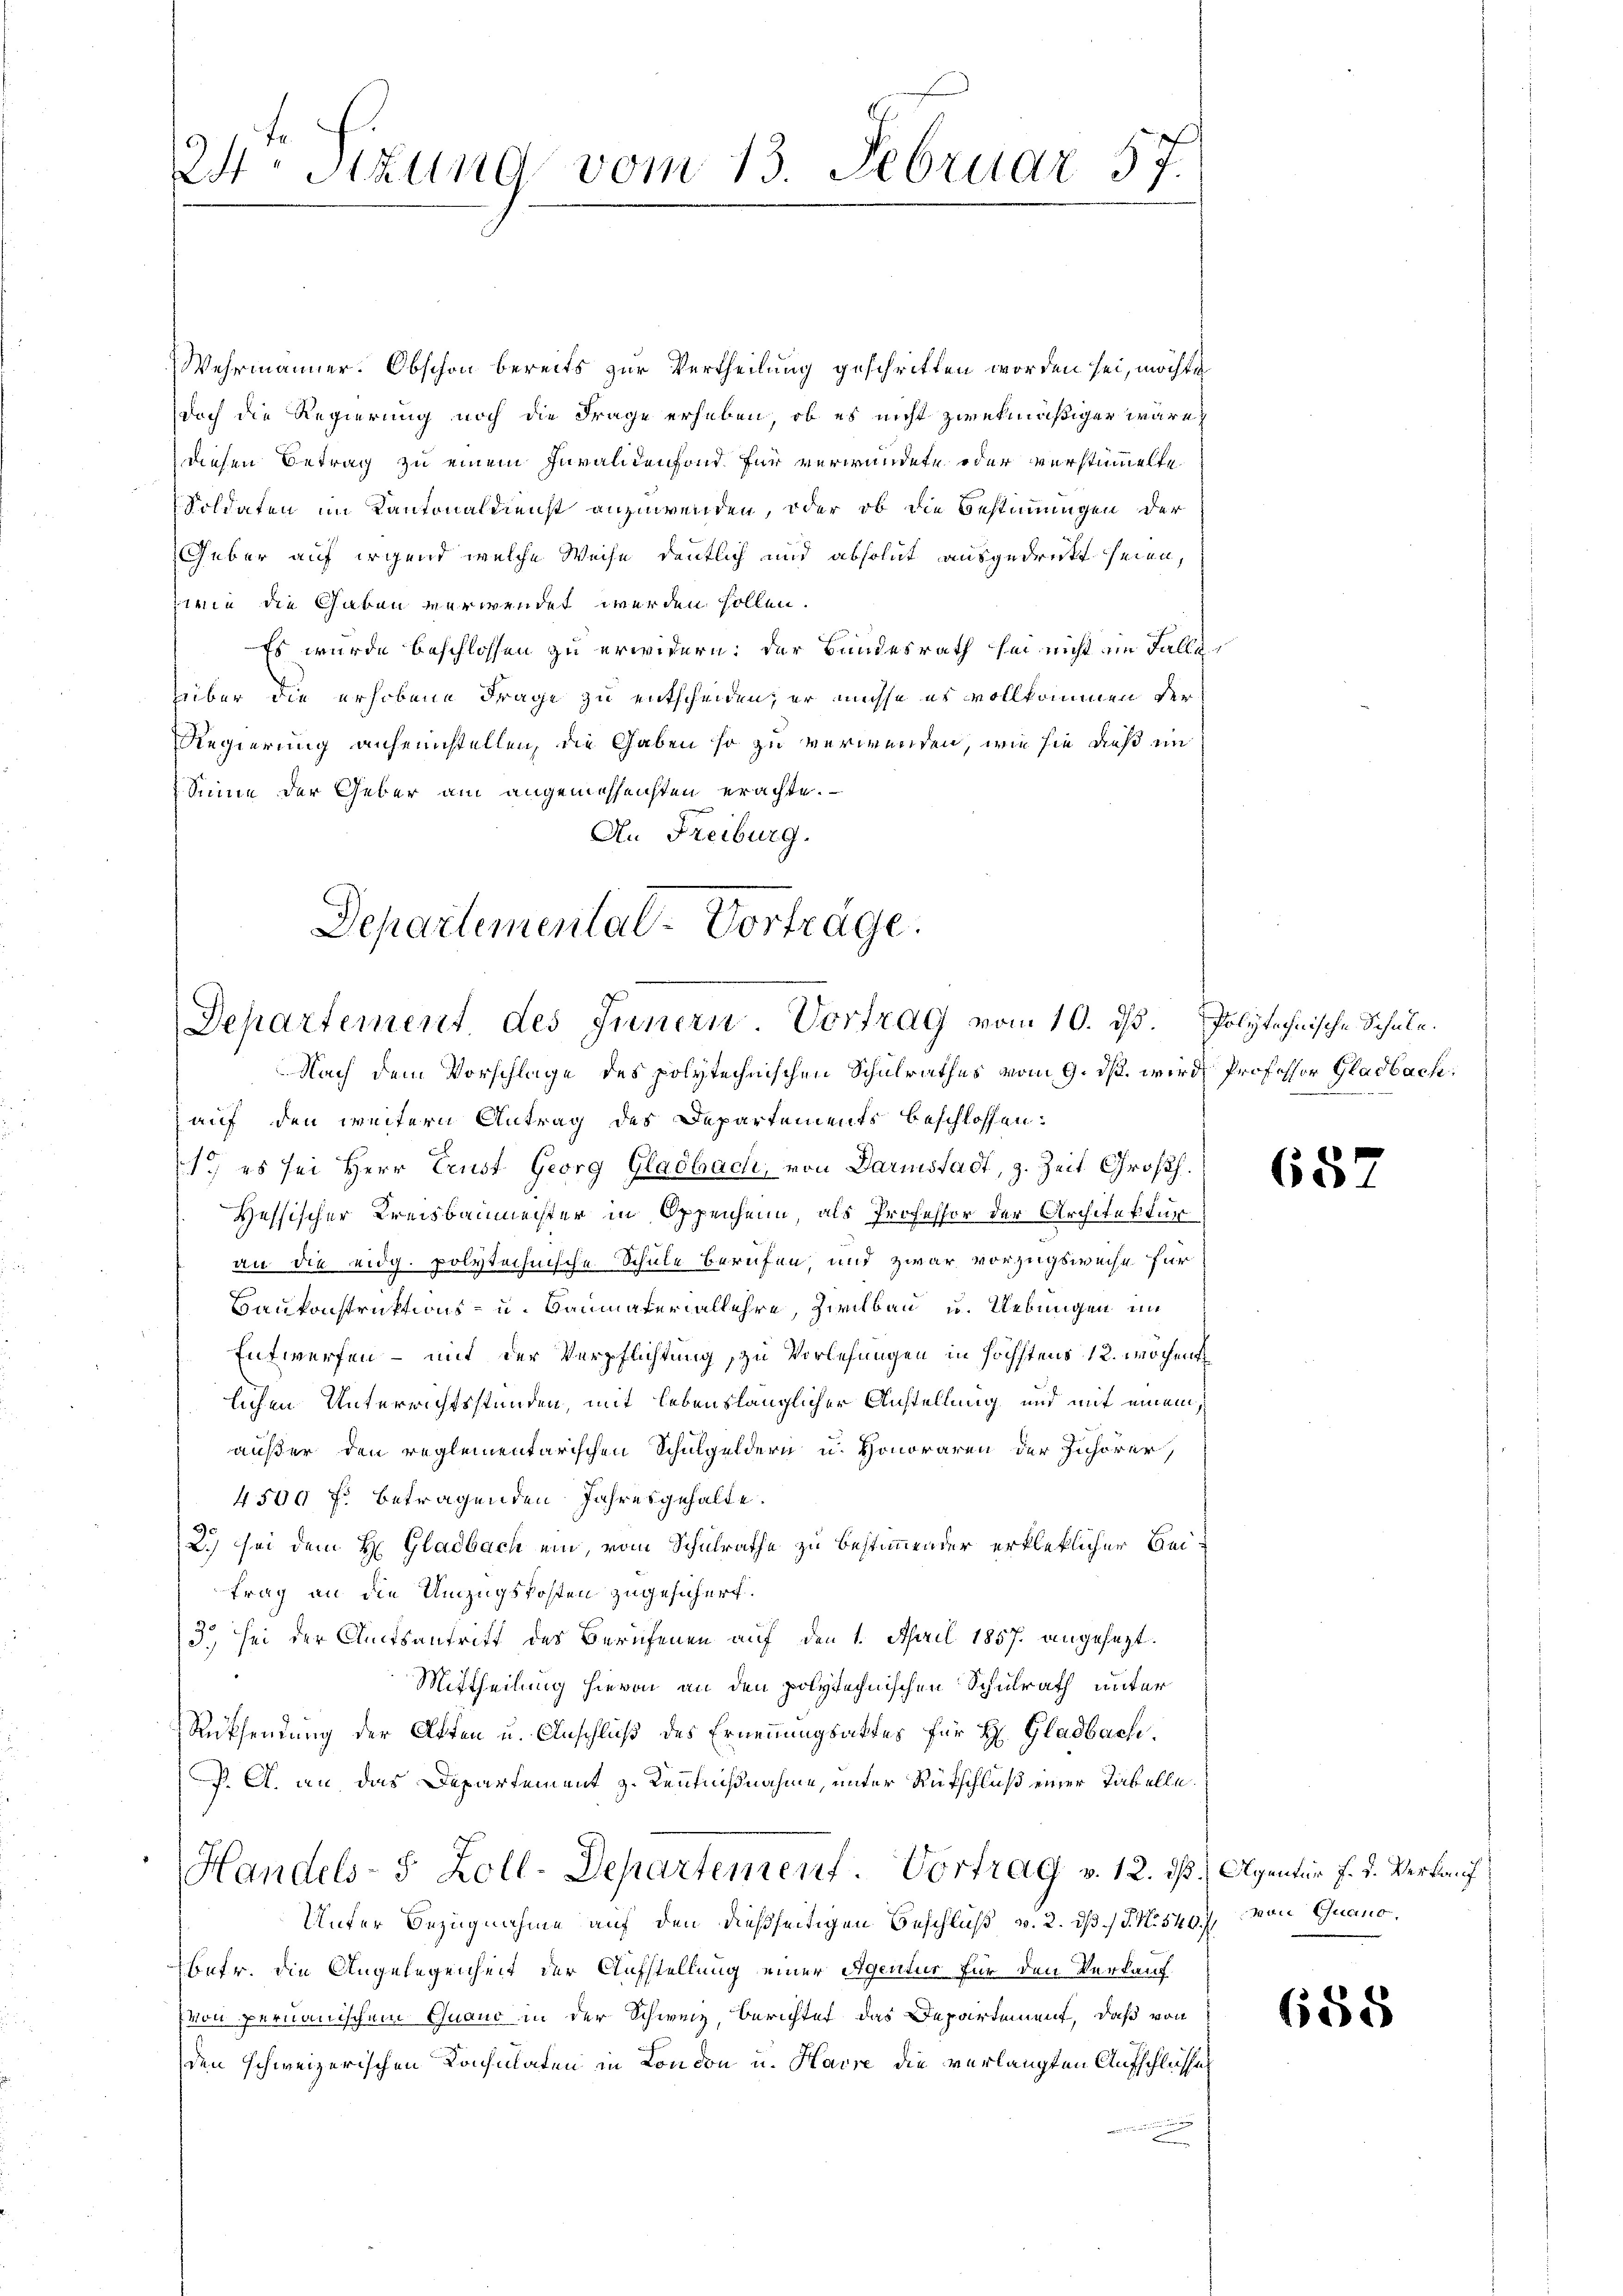
Wehrmänner. Obschon bereits zur Vertheilung geschriften worden sei, möchte
doch die Regierung noch die Frage erheben, ob es nicht zwekmäßiger wäre
diesen Betrag zu einem Invalidenfond für verwundete oder verstümmelte
Soldaten im Kantonaldienst anzuwenden, oder ob die Bestimmungen der
Geber auf irgend welche Weise deutlich und absolut ausgedruckt seien,
inie die Gaben verwendet werden sollen.
Es wurde beschlossen zu erwidern: der Bundesrath sei nicht im Falle
über die erhobene Frage zu entscheiden, er müsse es vollkommen der
Regierung anheimstellen, die Gaben so zu verwenden, wie sie dieß im
Sinne der Geber am angemesseichten erachte.
An Freiburg.

24 Stzung vom 13. Februar 57.

Departemental-Vorträge.
Departement des Innern. Vortrag vom 10. d. Polytechnische Schule.

Nach dem Vorschlage des polytechnischen Schulrathes vom 9. ds. wird, Professor Gladbach
auf den weitern Antrag des Departements beschlossen:
1.) es sei Herr Erust Georg Gladbach, von Darmstadt, z. Zeit Großh.
Hessischer Kreisbaumeister in Oppenhann, als Professor der Architektur
an die eidg. polytechnische Schule berufen, und zwar vorzugsweise für
Baukonstruktions- u. Baumateriallehre, Zwilbau u. Uebungen im
Entwerfen – mit der Verpflichtung, zu Vorlesungen in höchstens 12. Wochend
lichen Unterrichtsstunden, mit lebenslänglicher Anstellung und mit einem
äußer den reglementarischen Schulgeldern u. Honoraren der Inhörer,
4500 f: betragenden Jahresgehalte.
2) sei dem H: Gladbach ein, vom Schulrathe zu bestimmender erkleklicher Beitrag an die Umzugskosten zugesichert.
3. sei der Amtsantritt des Berufenen auf den 1. April 1857. angesezt.
Mittheilung hievon an den polytechnischen Schulrath unter
Rücksendung der Akten u. Anschluß des Ernennungsaktes für H. Gladbach.
P. A. an, das Departement z. Kenntnißnahme, unter Rückschluß einer Tabelle.
Handels- 5 Zoll-Departement. Vortrag v. 12. ds Agentür J. J. Verkauf
Unter Bezugnahme auf den dießseitigen Beschluß v. 2. ds J. N. 540.
betr. die Angelegenheit der Aufstellung einer Agentur für den Verkauf
von pernauischem Guand in der Schweiz, Berichtet das Departement, daß von
den schweizerischen Kochiaten in London u. Havre die verlangten Aufschlüsse

682

von Quano,

658